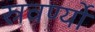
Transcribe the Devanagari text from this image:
स्रवर्ण्यो